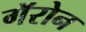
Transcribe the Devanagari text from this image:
गॅरोन